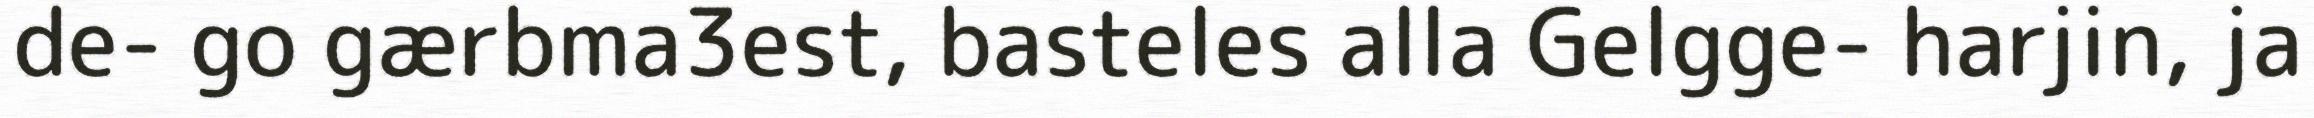
de- go gærbma3est, basteles alla Gelgge- harjin, ja